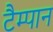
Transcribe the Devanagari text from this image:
टैम्पान